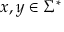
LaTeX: x , y \in \Sigma ^ { * }